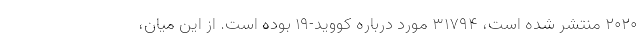
۲۰۲۰ منتشر شده است، ۳۱۷۹۴ مورد درباره کووید-۱۹ بوده است. از این میان،